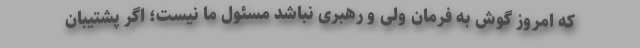
که امروز گوش به فرمان ولی و رهبری نباشد مسئول ما نیست؛ اگر پشتیبان